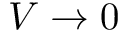
V \rightarrow 0